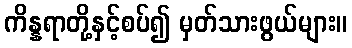
ကိန္နရာတို့နှင့်စပ်၍ မှတ်သားဖွယ်များ။